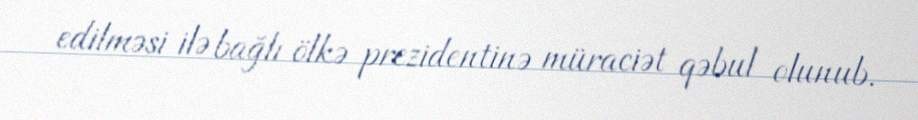
edilməsi ilə bağlı ölkə prezidentinə müraciət qəbul olunub.